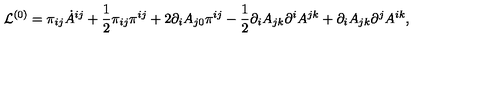
{ \cal L } ^ { ( 0 ) } = \pi _ { i j } \dot { A } ^ { i j } + { \frac { 1 } { 2 } } \pi _ { i j } \pi ^ { i j } + 2 \partial _ { i } A _ { j 0 } \pi ^ { i j } - { \frac { 1 } { 2 } } \partial _ { i } A _ { j k } \partial ^ { i } A ^ { j k } + \partial _ { i } A _ { j k } \partial ^ { j } A ^ { i k } ,